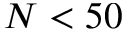
N < 5 0